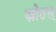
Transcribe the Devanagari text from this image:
स्रोतस्